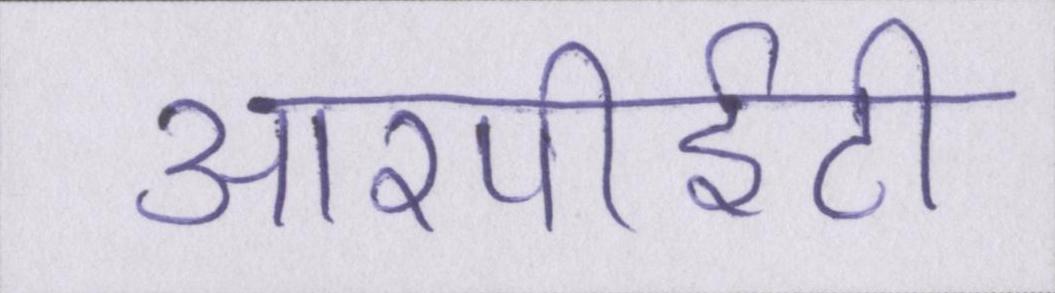
आरपीईटी